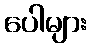
ပေါများ